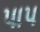
પાપ